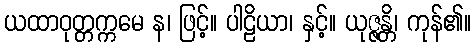
ယထာဝုတ္တက္ကမေ န၊ ဖြင့်။ ပါဠိယာ၊ နှင့်။ ယုဇ္ဇန္တိ၊ ကုန်၏။